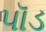
પૉડ